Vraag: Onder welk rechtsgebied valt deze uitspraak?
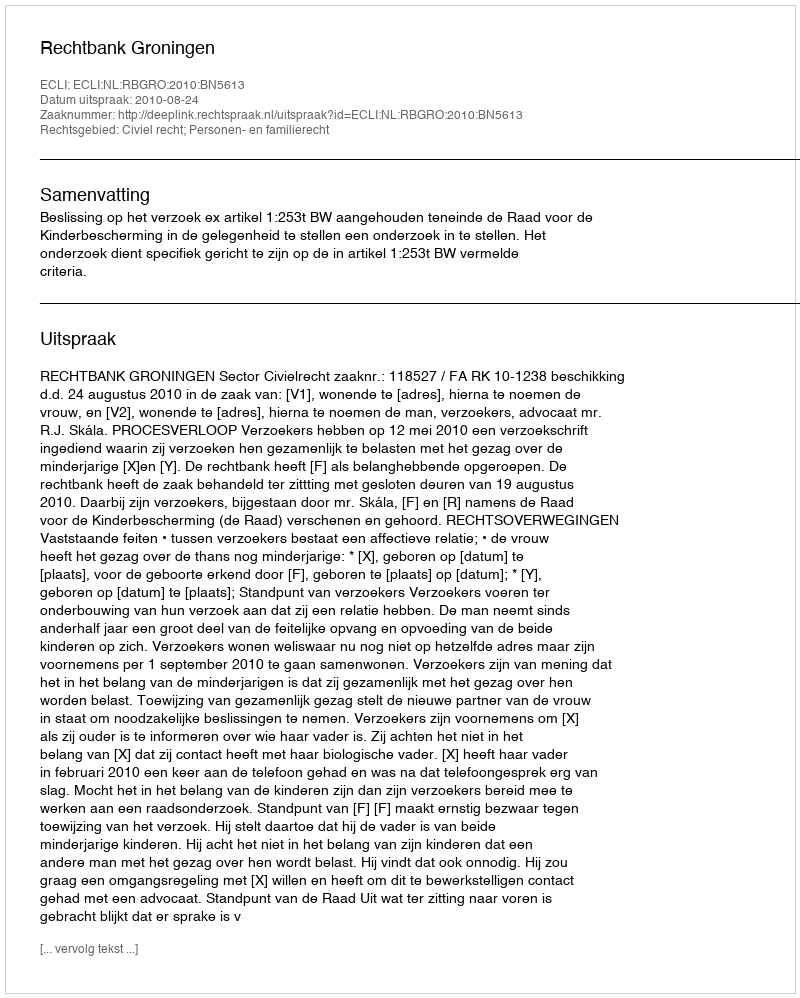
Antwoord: Civiel recht; Personen- en familierecht